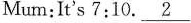
Mum:Lt's 7:10.\underline{2}